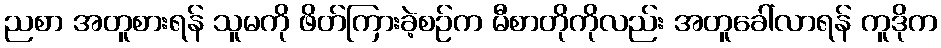
ညစာ အတူစားရန် သူမကို ဖိတ်ကြားခဲ့စဉ်က မီစာတိုကိုလည်း အတူခေါ်လာရန် ကူဒိုက